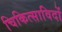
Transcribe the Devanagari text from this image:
चिकित्साविदों